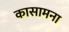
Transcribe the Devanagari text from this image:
कासामना